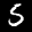
Label: 5